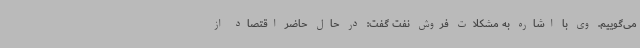
می‌گوییم. وی با اشاره به مشکلات فروش نفت گفت: در حال حاضر اقتصاد از